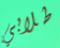
طلابي